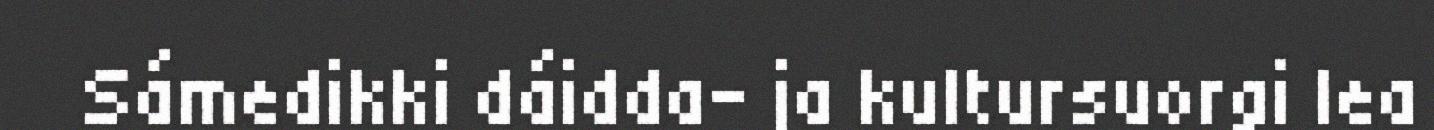
Sámedikki dáidda- ja kultursuorgi lea